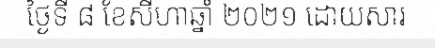
ថ្ងៃទី ៨ ខែសីហាឆ្នាំ ២០២១ ដោយសារ